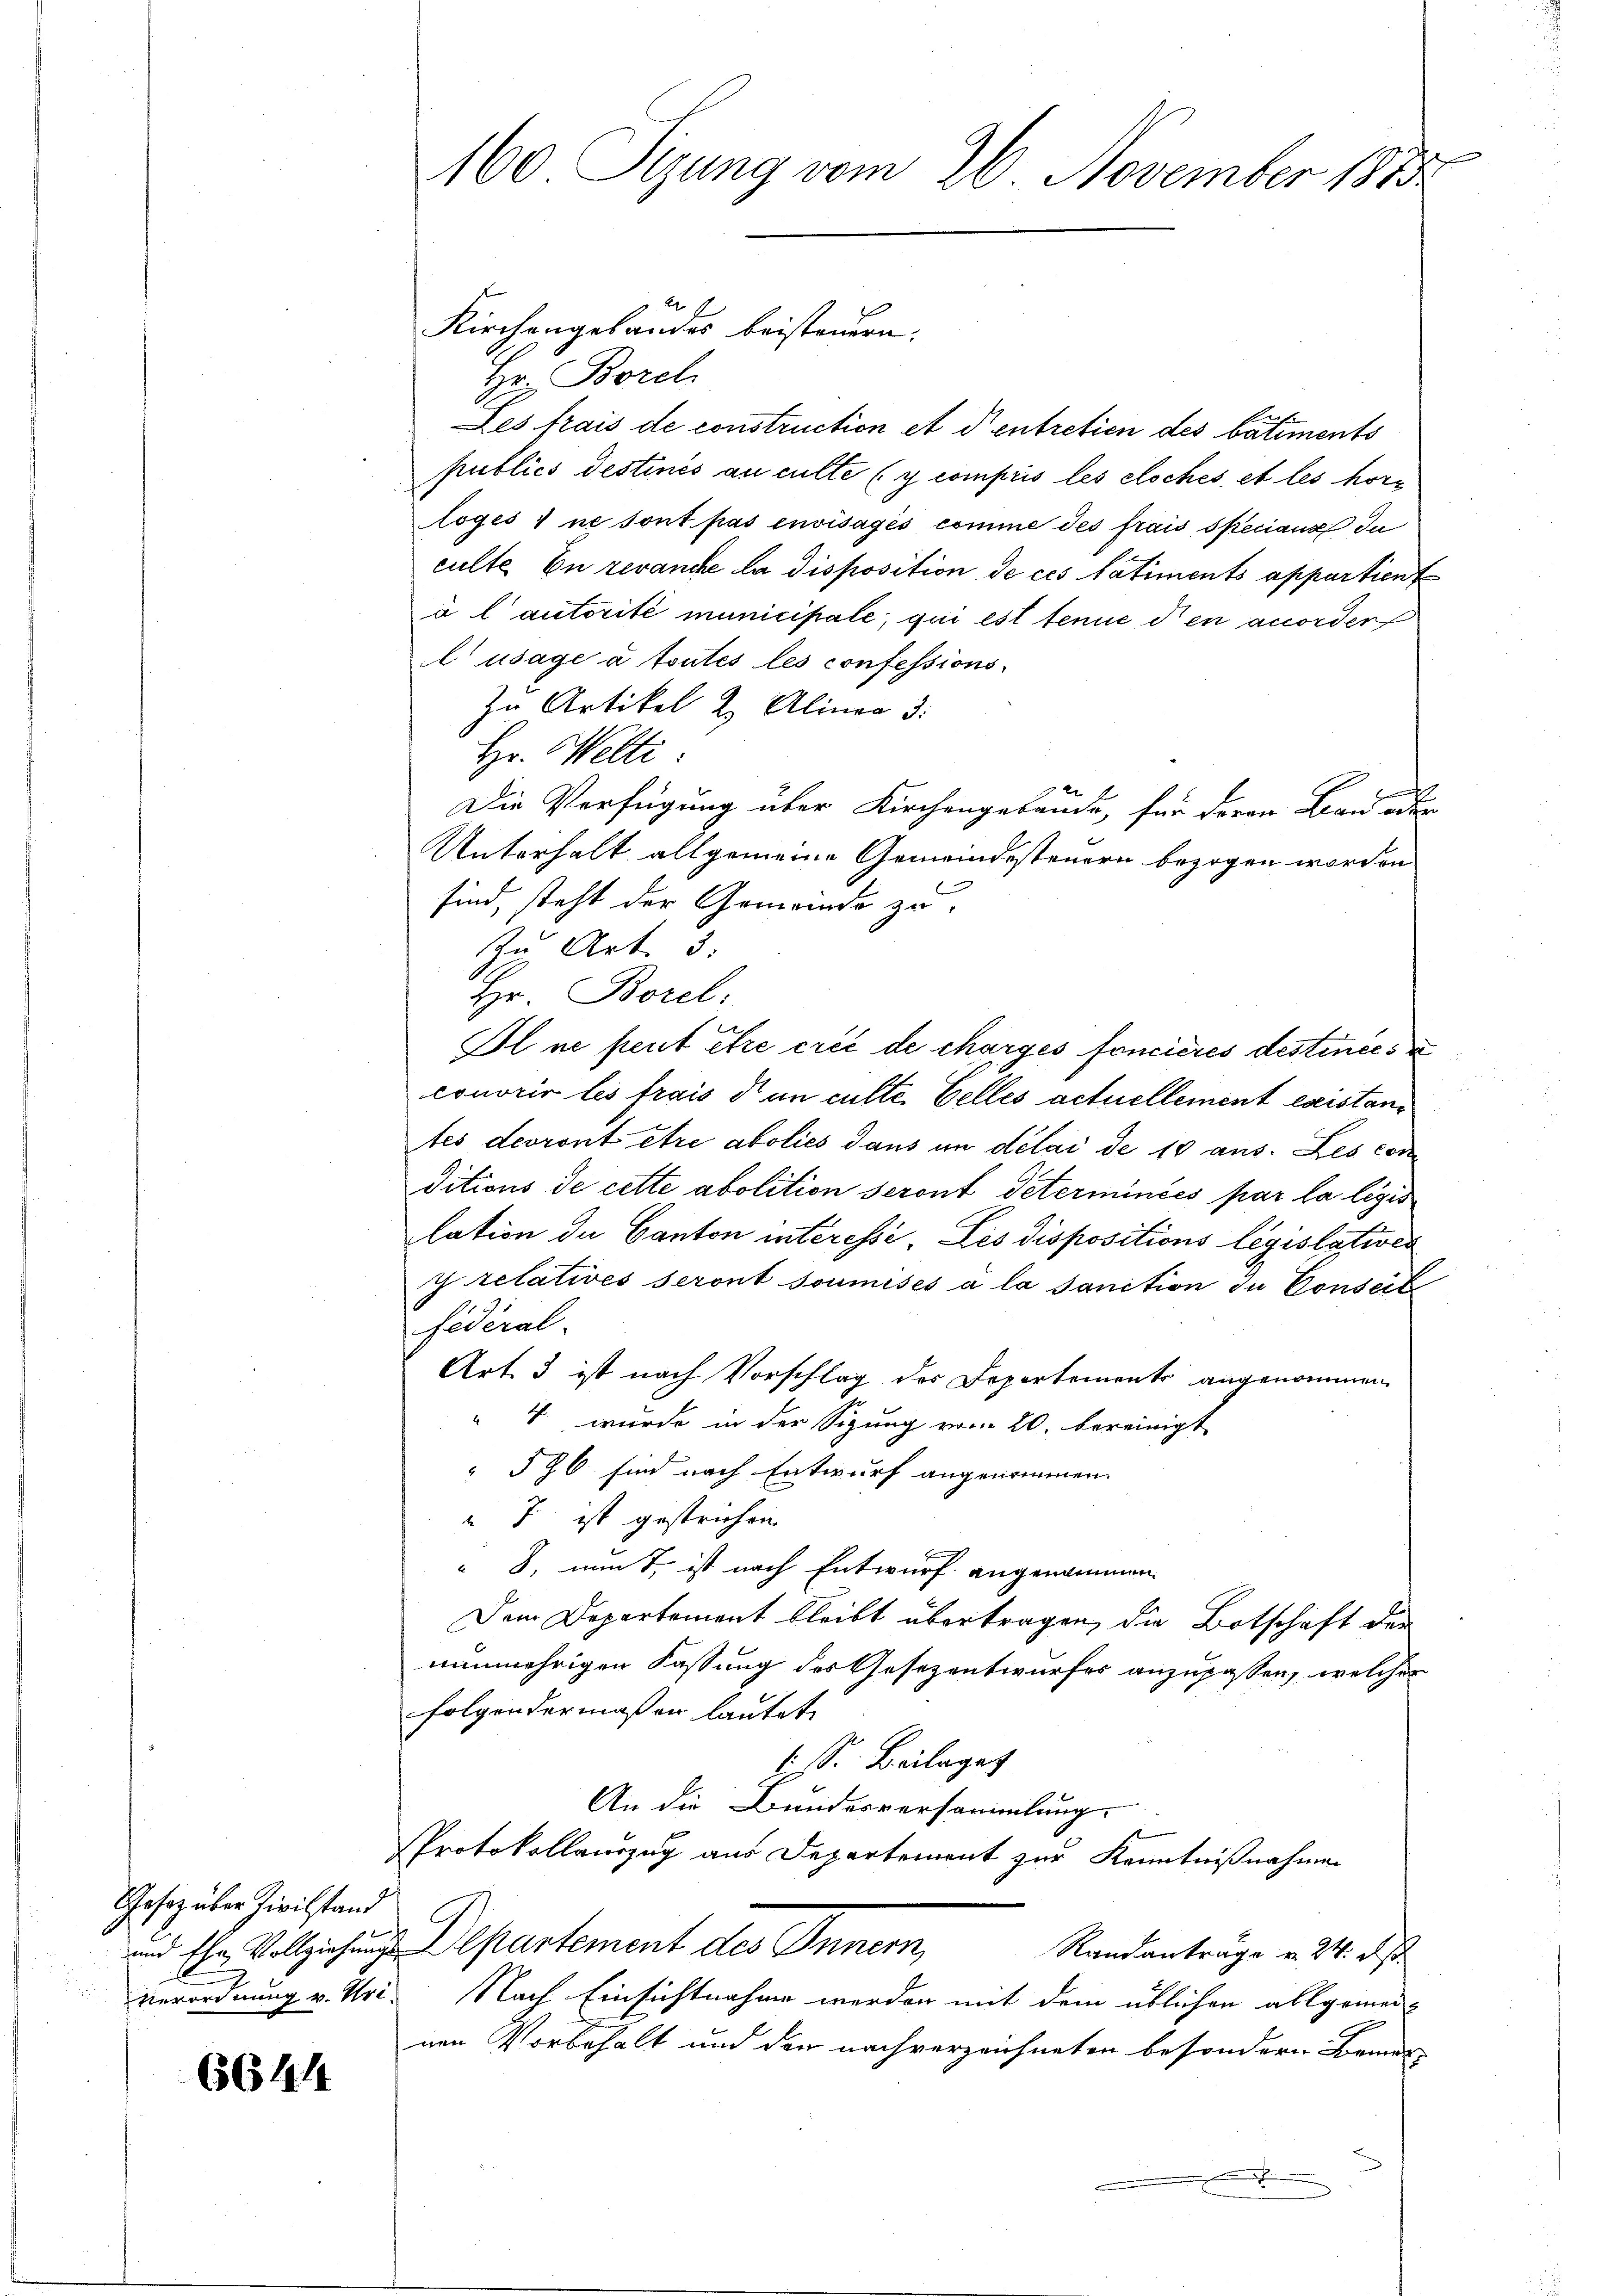
Josaz über Zivilstand

6644

160. Sizung vom 26. November 1883

Kirchengebäudes beisteuern:
Hr. Borch
Les frais de construction et d’entretien des bâtiments
publics destinés au culte (y compris les elsches, et les höre
loges) ne sont pas envisagés comme des frais specians du
culte En revanche la disposition de ces tatiments appartient
à l autorité municipale, qui est tenue den anorder
 usage à toutes les confessions¬
Zu Artikel 2. Alinea 3:
Hr. Welti
Die Verfügung über Kirchengebäude, für deren Bau oder
Unterhalt allgemeine Gemeindesteuern bezogen worden
sind, steht der Gemeinde zu
Zu Art. 5.
Hr. Borel:
Il ne peut être créé de charges foncieres destinées
couvrir les frais d un culte. Celles actuellement existani
tes devront être abolies dans im délai de 10 aus. Les con
ditions de cette abolition seront Peterminées par la legis
lation de Canton interessé. Les dispositions legislatives
y relatives seront soumises à la sanition in Conseite
federal-
Art. 3 ist nach Vorschlag des Departements angenommen,
" 4 wurde in der Sigung vom 20. bereinigt
 596 sind nach Entwurf angenommen.
7 ist gestrichen.
" 8, nun T, ist nach Entwurf angenommen.
Dem Departement bleibt übertragen, die Botschaft der
nunmehrigen Fassung des Gesezentwurfes anzupassen, welches
folgendermaßen lautet
6. Beilaget
An die Bundesversammlung.
Protokollauszug aus Departement zur Kenntnißnahmen
und Ehr Vollziehung Departement des Innern,
Randanträge v. 24. ds.
verordnung v. Uri. Nach Einsichtnahme werden mit dem üblichen allgemei-
nen Vorbehalt und der nachverzeichneten besondern Formen
.

.
u